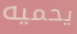
يحميه